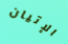
الإتيان